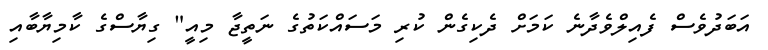
އަބަދުވެސް ފެއިލްވެދާނެ ކަމަށް ދެކިގެން ކުރި މަސައްކަތުގެ ނަތީޖާ މިއީ" ގިޔާސްގެ ކާމިޔާބާއި